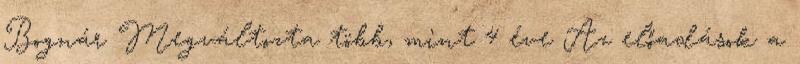
Bognár Megváltozta több, mint 4 éve Az előadások a